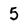
Character: 5